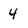
Character: 4